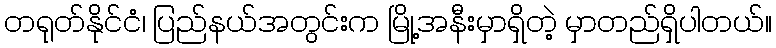
တရုတ်နိုင်ငံ၊ ပြည်နယ်အတွင်းက မြို့အနီးမှာရှိတဲ့ မှာတည်ရှိပါတယ်။